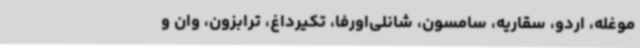
موغله، اردو، سقاریه، سامسون، شانلی‌اورفا، تکیرداغ، ترابزون، وان و